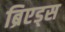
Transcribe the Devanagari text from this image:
ब्रिएड्स